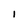
Character: I